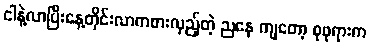
ငါနဲ့လာပြီးနေ့တိုင်းလာကစားလှည့်တဲ့ ညနေ ကျတော့ စုဖုရားက